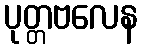
ပုတ္တဗလေန